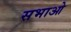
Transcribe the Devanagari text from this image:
सभाओ